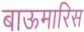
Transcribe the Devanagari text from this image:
बाऊमारिस